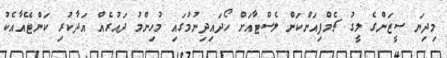
މިދިޔަ ސީޒަންގެ ލީގު ޗެމްޕިއަންކަން ލެސްޓާއަށް ހޯދައިދިނުމުގައި މުހިންމު ދައުރެއް އަދާކުރި ކަންޓޭއާއެކު